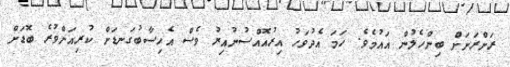
ރަށްރަށަށް ބިންހެލުން އައުމެވެ. ހަމަ އެދުވަހު އިރުއޮއްސުނުއިރު ވެސް އެހިސާބުގަނޑަށް ކުރިއަށްވުރެ ބޮޑަށް